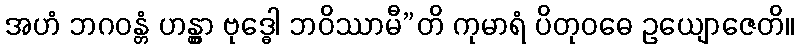
အဟံ ဘဂဝန္တံ ဟန္တွာ ဗုဒ္ဓေါ ဘဝိဿာမီ”တိ ကုမာရံ ပိတုဝဓေ ဥယျောဇေတိ။